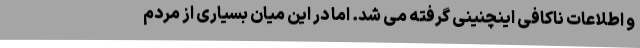
و اطلاعات ناکافی اینچنینی گرفته می شد. اما در این میان بسیاری از مردم